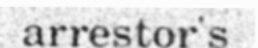
arrestor's